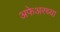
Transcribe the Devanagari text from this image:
अफेअरच्या